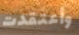
وأعتقدت